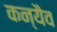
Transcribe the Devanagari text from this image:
कन्यैव